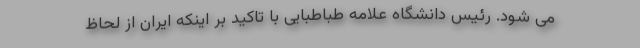
می شود. رئیس دانشگاه علامه طباطبایی با تاکید بر اینکه ایران از لحاظ